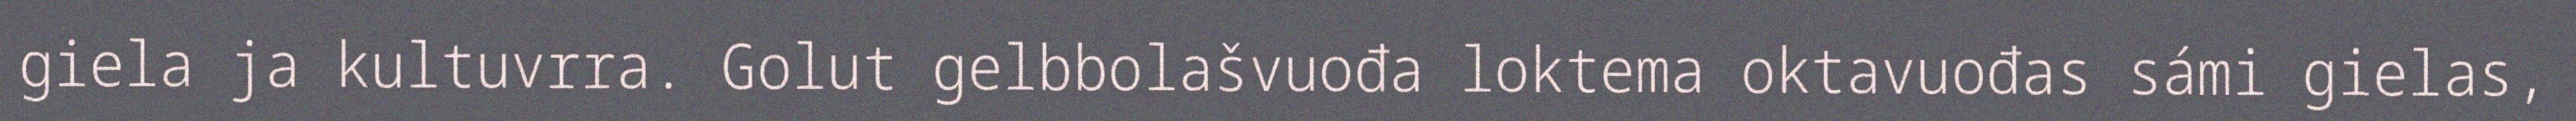
giela ja kultuvrra. Golut gelbbolašvuođa loktema oktavuođas sámi gielas,